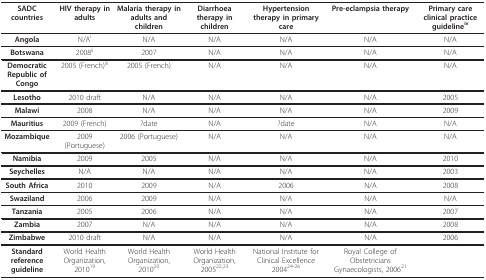
| SADC countries | HIV therapy in adults | Malaria therapy in adults and children | Diarrhoea therapy in children | Hypertension therapy in primary care | Pre-eclampsia therapy | Primary care clinical practice guidelineiv |
 | --- | --- | --- | --- | --- | --- | --- |
 | Angola | N/Ai | N/A | N/A | N/A | N/A | N/A |
 | Botswana | 2008ii | 2007 | N/A | N/A | N/A | N/A |
 | Democratic Republic of Congo | 2005 (French)iii | 2005 (French) | N/A | N/A | N/A | N/A |
 | Lesotho | 2010 draft | N/A | N/A | N/A | N/A | 2005 |
 | Malawi | 2008 | N/A | N/A | N/A | N/A | 2009 |
 | Mauritius | 2009 (French) | ?date | N/A | ?date | N/A | N/A |
 | Mozambique | 2009 (Portuguese) | 2006 (Portuguese) | N/A | N/A | N/A | N/A |
 | Namibia | 2009 | 2005 | N/A | N/A | N/A | 2010 |
 | Seychelles | N/A | N/A | N/A | N/A | N/A | 2003 |
 | South Africa | 2010 | 2009 | N/A | 2006 | N/A | 2008 |
 | Swaziland | 2006 | 2009 | N/A | N/A | N/A | N/A |
 | Tanzania | 2005 | 2006 | N/A | N/A | N/A | 2007 |
 | Zambia | 2007 | N/A | N/A | N/A | N/A | 2008 |
 | Zimbabwe | 2010 draft | N/A | N/A | N/A | N/A | 2006 |
 | Standard reference guideline | World Health Organization, 201019 | World Health Organization, 201020 | World Health Organization, 200522,23 | National Institute for Clinical Excellence 200424-26 | Royal College of Obstetricians Gynaecologists, 200621 |  |